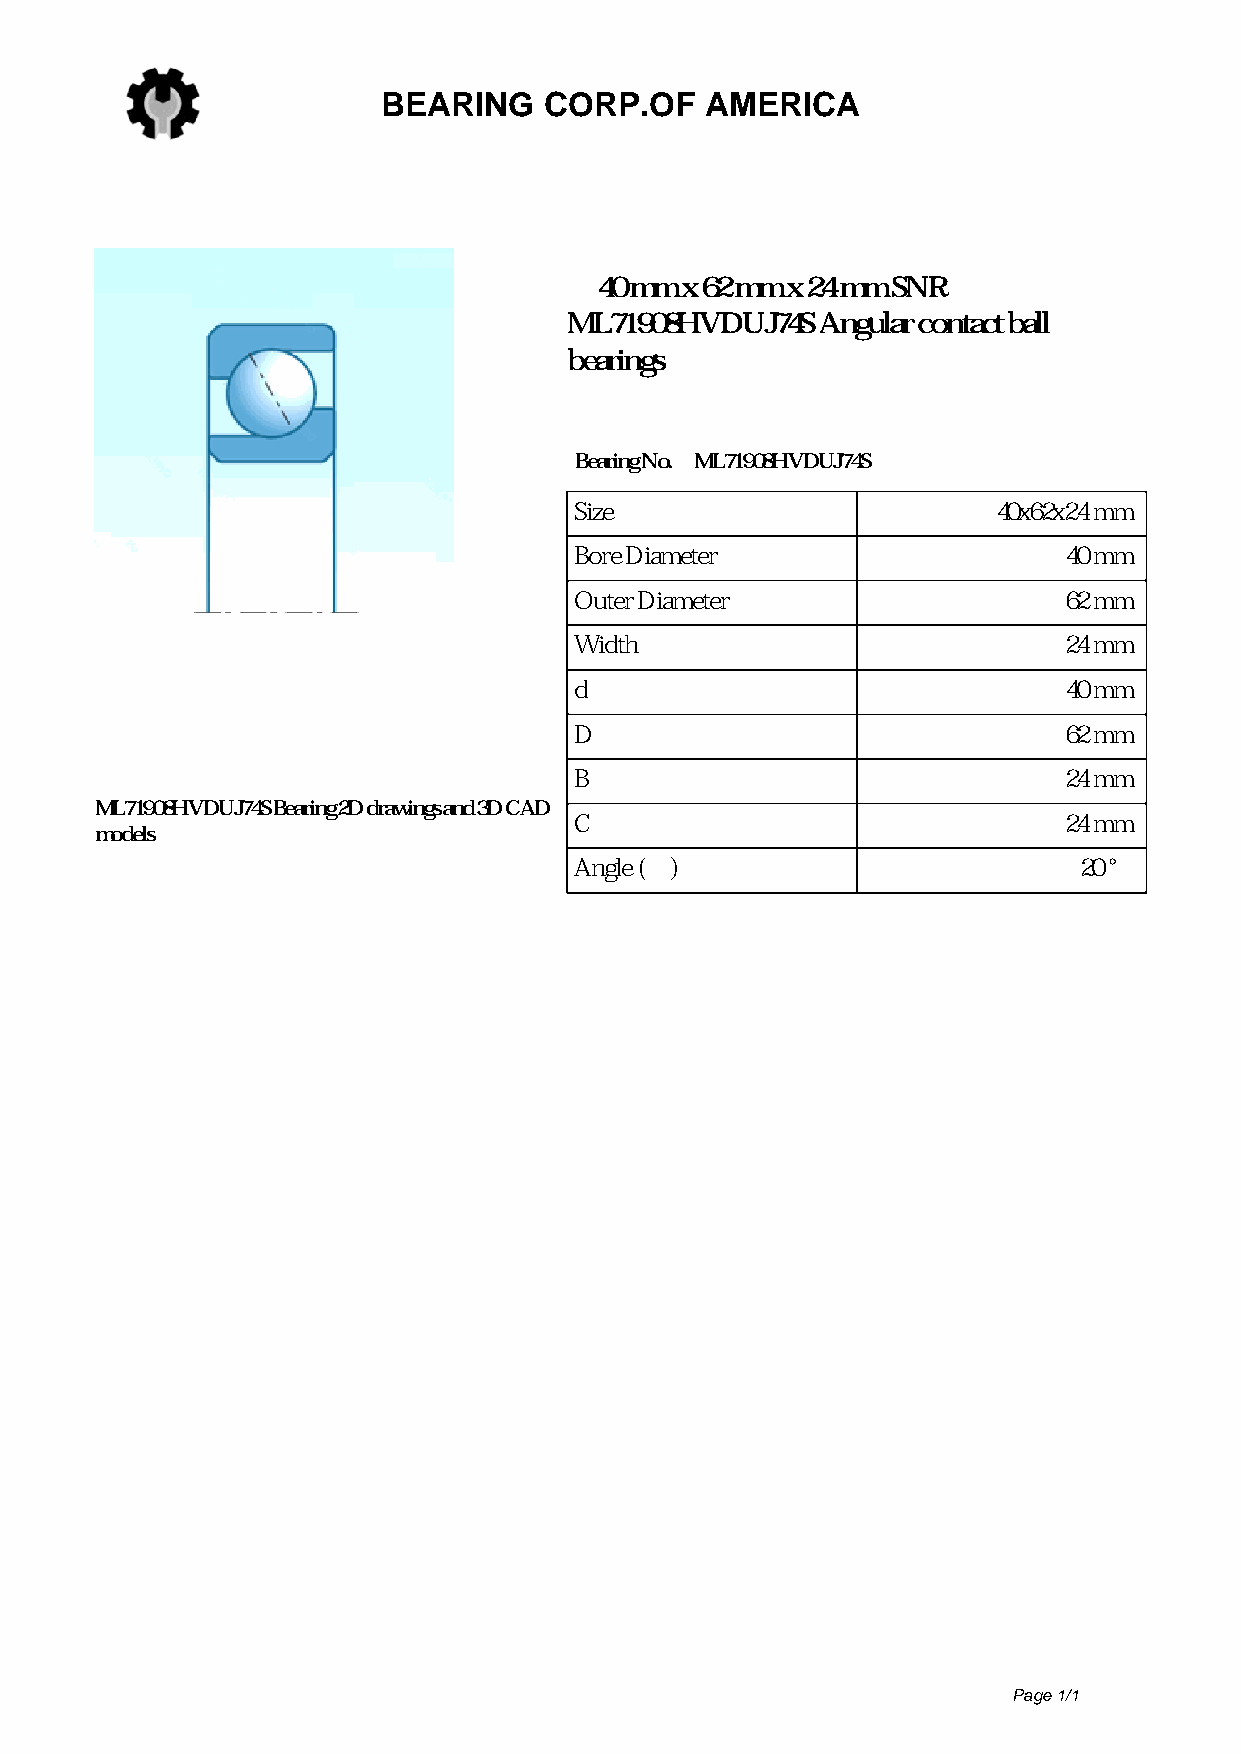
BEARING    CORP.OF    AMERICA
 40 mm x 62 mm x 24 mm SNR
 ML71908HVDUJ74S Angular contact ball
 bearings
 Bearing No. ML71908HVDUJ74S
 Size                        40x62x24 mm
 Bore Diameter                   40 mm
 Outer Diameter                  62 mm
 Width                           24 mm
 d                               40 mm
 D                               62 mm
 B                               24 mm
 ML71908HVDUJ74SBearing2Ddrawingsand3DCAD
 C                               24 mm
 models
 Angle (α)                        20 °
 Page 1/1
 Powered by TCPDF (www.tcpdf.org)